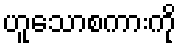
ဟူသောစကားကို